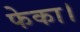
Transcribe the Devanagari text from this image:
फेका।